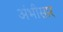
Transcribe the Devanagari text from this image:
अंभीसार